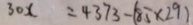
3 0 x = 4 3 7 3 - ( 8 5 \times 2 9 )